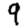
Digit: 9